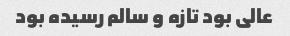
عالی بود تازه و سالم رسیده بود